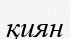
қиян